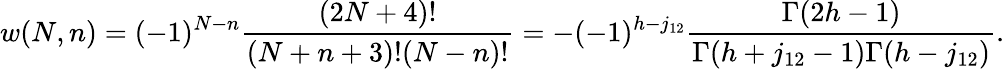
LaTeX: w(N,n)=(-1)^{N-n}\frac{(2N+4)!}{(N+n+3)!(N-n)!}=-(-1)^{h-j_{12}}\frac{\Gamma(2h-1)}{\Gamma(h+j_{12}-1)\Gamma(h-j_{12})}.